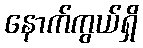
နောက်ကွယ်ရှိ